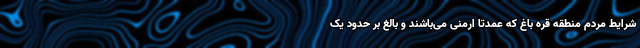
شرایط مردم منطقه قره باغ که عمدتا ارمنی می‌باشند و بالغ بر حدود یک